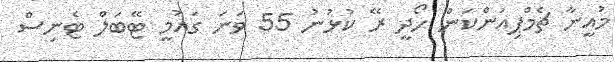
މުއީނާ ޗެމްޕިއަންކަން ހޯދީ ރޭ ކުޅުނު 55 ވަނަ ގައުމީ ޓޭބަލް ޓެނިސް